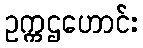
ဥက္ကဌဟောင်း